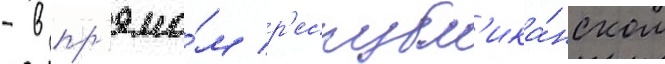
- в пр'ямо́м р'еспубл'ика́нском